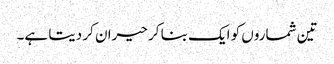
تین شماروں کو ایک بنا کر حیران کر دیتا ہے۔